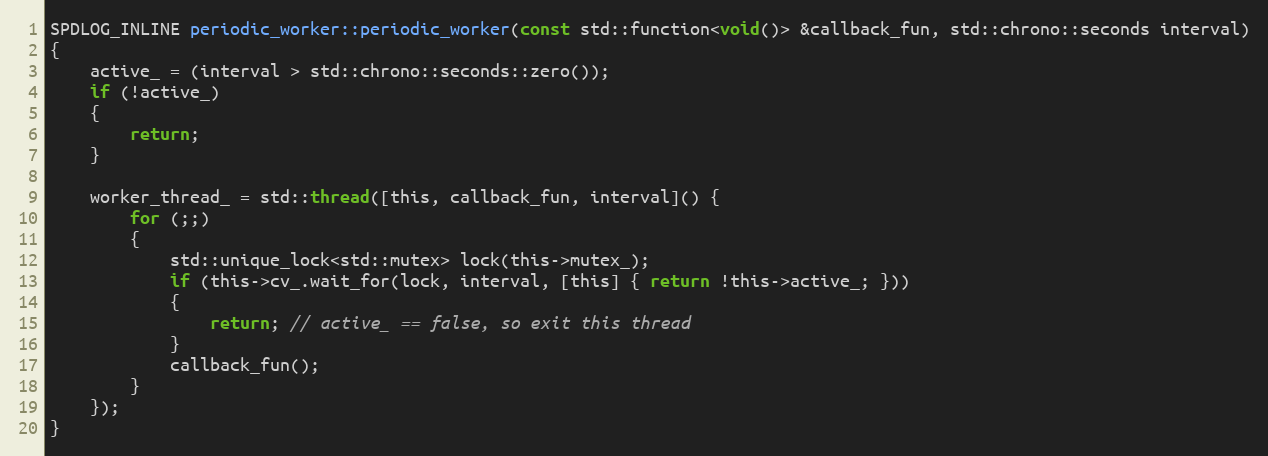
Language: C
SPDLOG_INLINE periodic_worker::periodic_worker(const std::function<void()> &callback_fun, std::chrono::seconds interval)
{
    active_ = (interval > std::chrono::seconds::zero());
    if (!active_)
    {
        return;
    }

    worker_thread_ = std::thread([this, callback_fun, interval]() {
        for (;;)
        {
            std::unique_lock<std::mutex> lock(this->mutex_);
            if (this->cv_.wait_for(lock, interval, [this] { return !this->active_; }))
            {
                return; // active_ == false, so exit this thread
            }
            callback_fun();
        }
    });
}